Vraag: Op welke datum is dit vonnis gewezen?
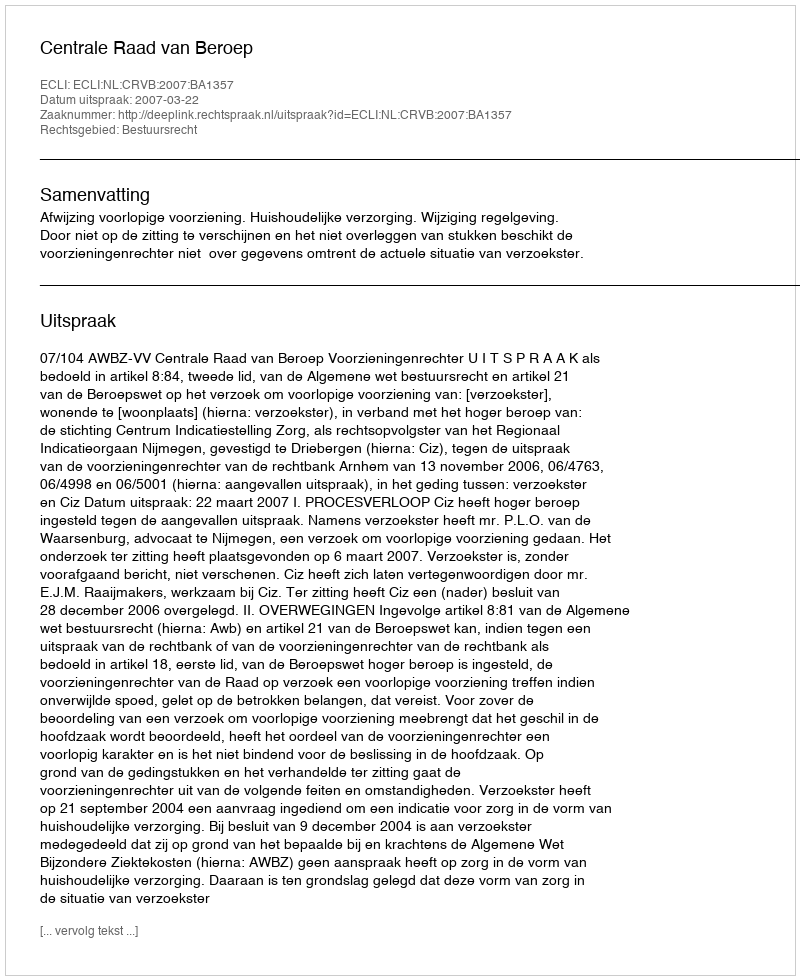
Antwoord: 2007-03-22